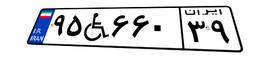
۴۱W۲۴۴۳۸